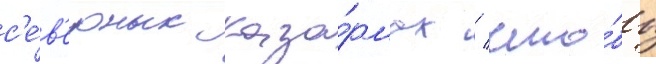
с'е́в'ерных каза́рмах / что́бы